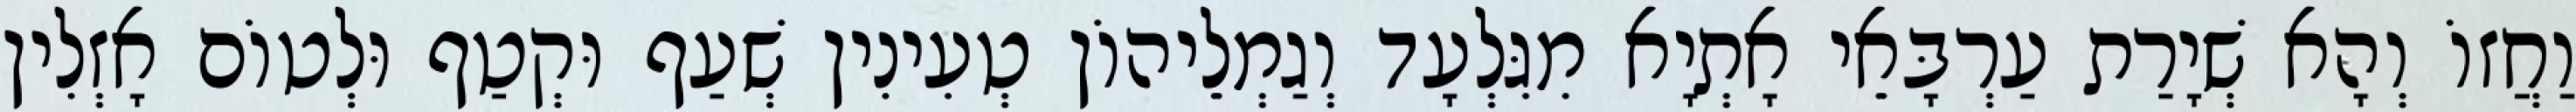
וַחֲזוֹ וְהָא שְׁיָרַת עַרְבָּאֵי אָתְיָא מִגִּלְעָד וְגַמְלֵיהוֹן טְעִינִין שְׁעַף וּקְטַף וּלְטוֹם אָזְלִין